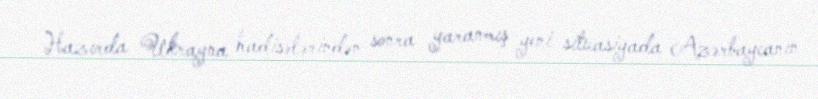
Hazırda Ukrayna hadisələrindən sonra yaranmış yeni situasiyada Azərbaycanın